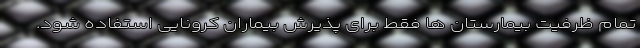
تمام ظرفیت بیمارستان ها فقط برای پذیرش بیماران کرونایی استفاده شود.